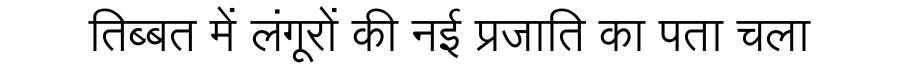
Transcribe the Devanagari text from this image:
तिब्बत में लंगूरों की नई प्रजाति का पता चला